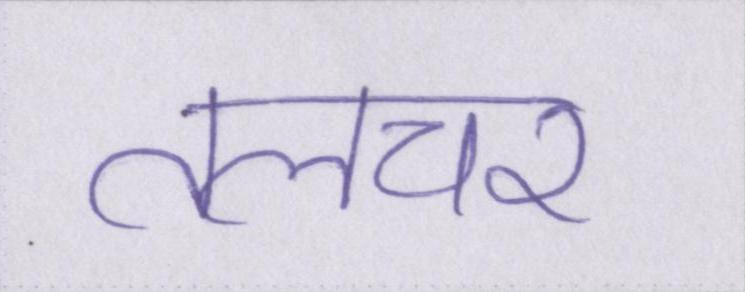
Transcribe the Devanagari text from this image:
तलचर